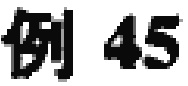
例 45